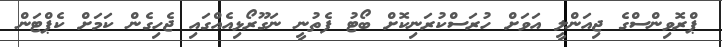
ޕްރޮވިންސްގެ ޖިއަންލީ އަވަށް ހުރަސްކުރަނިކޮށް ބޯޓު ފެތުނީ ނަގޫރޯޅިއެއްގައި ޖެހިގެން ކަމަށް ކެޕްޓަން